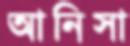
আনিসা